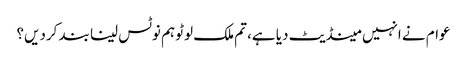
عوام نے انہیں مینڈیٹ دیا ہے، تم ملک لوٹو ہم نوٹس لینا بند کردیں؟